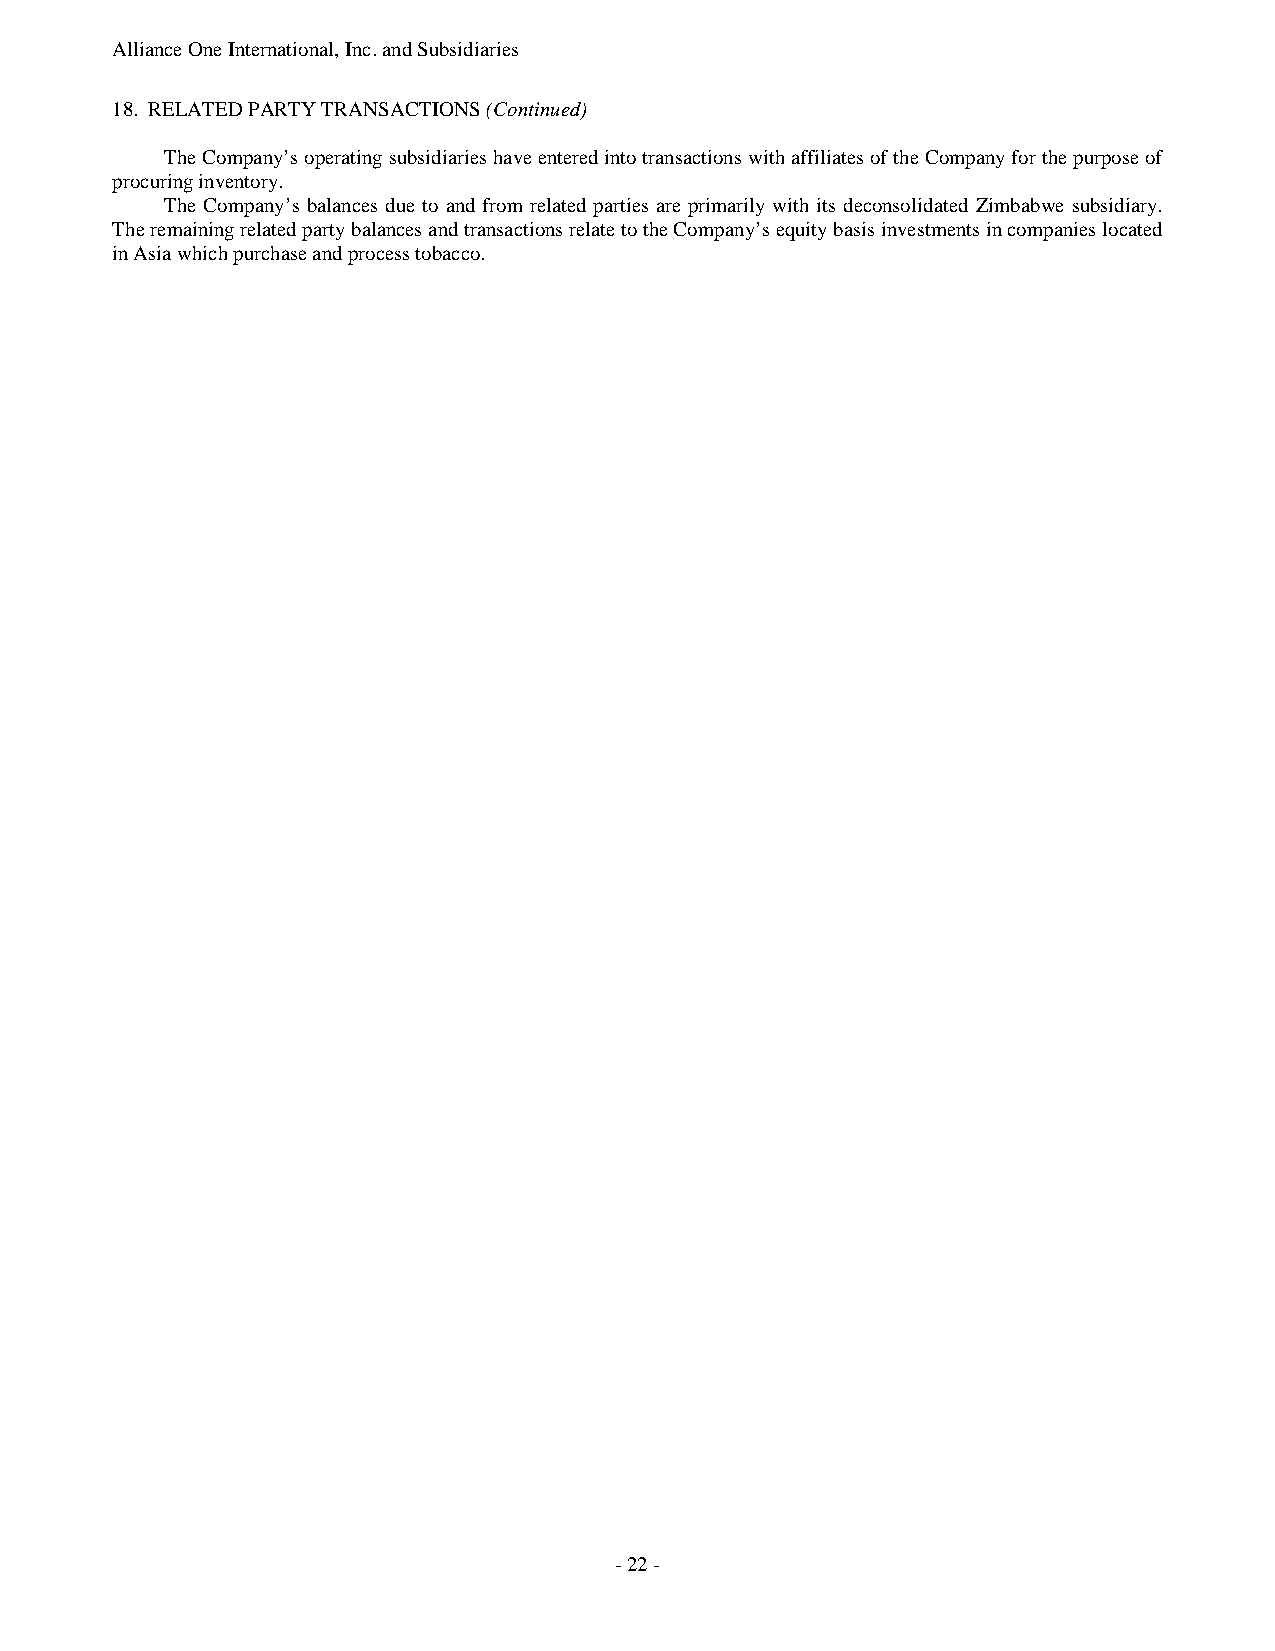
Alliance One International, Inc. and Subsidiaries
 18. RELATED PARTY TRANSACTIONS (Continued)
 The Company’s operating subsidiaries have entered into transactions with affiliates of the Company for the purpose of
 procuring inventory.
 The Company’s balances due to and from related parties are primarily with its deconsolidated Zimbabwe subsidiary.
 The remaining related party balances and transactions relate to the Company’s equity basis investments in companies located
 in Asia which purchase and process tobacco.
 - 22 -